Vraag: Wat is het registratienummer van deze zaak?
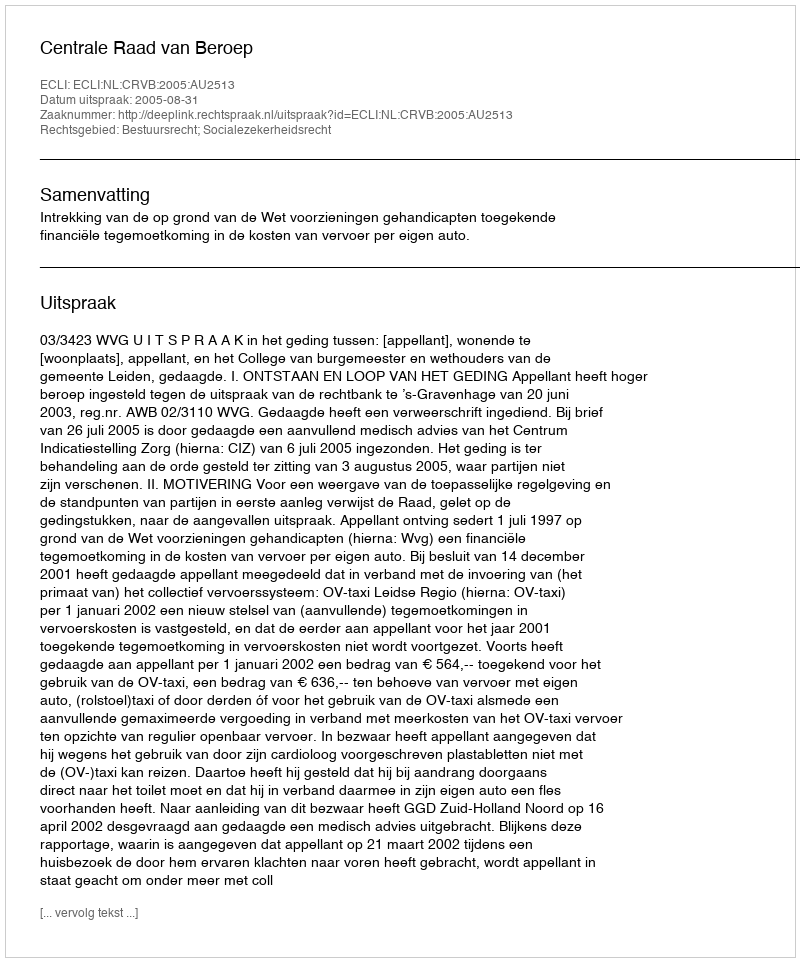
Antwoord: http://deeplink.rechtspraak.nl/uitspraak?id=ECLI:NL:CRVB:2005:AU2513